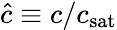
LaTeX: \hat{c}\equiv c/c_{\mathrm{sat}}